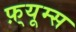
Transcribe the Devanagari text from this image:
फ़्यूम्स